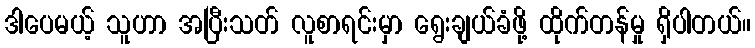
ဒါပေမယ့် သူဟာ အပြီးသတ် လူစာရင်းမှာ ရွေးချယ်ခံဖို့ ထိုက်တန်မှု ရှိပါတယ်။